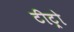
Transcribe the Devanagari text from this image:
टीट्रो